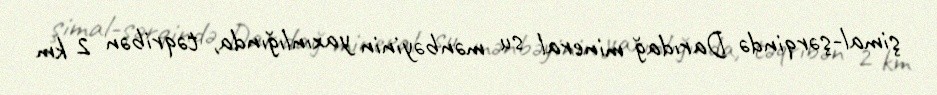
şimal-şərqində Darıdağ mineral su mənbəyinin yaxınlığında, təqribən 2 km